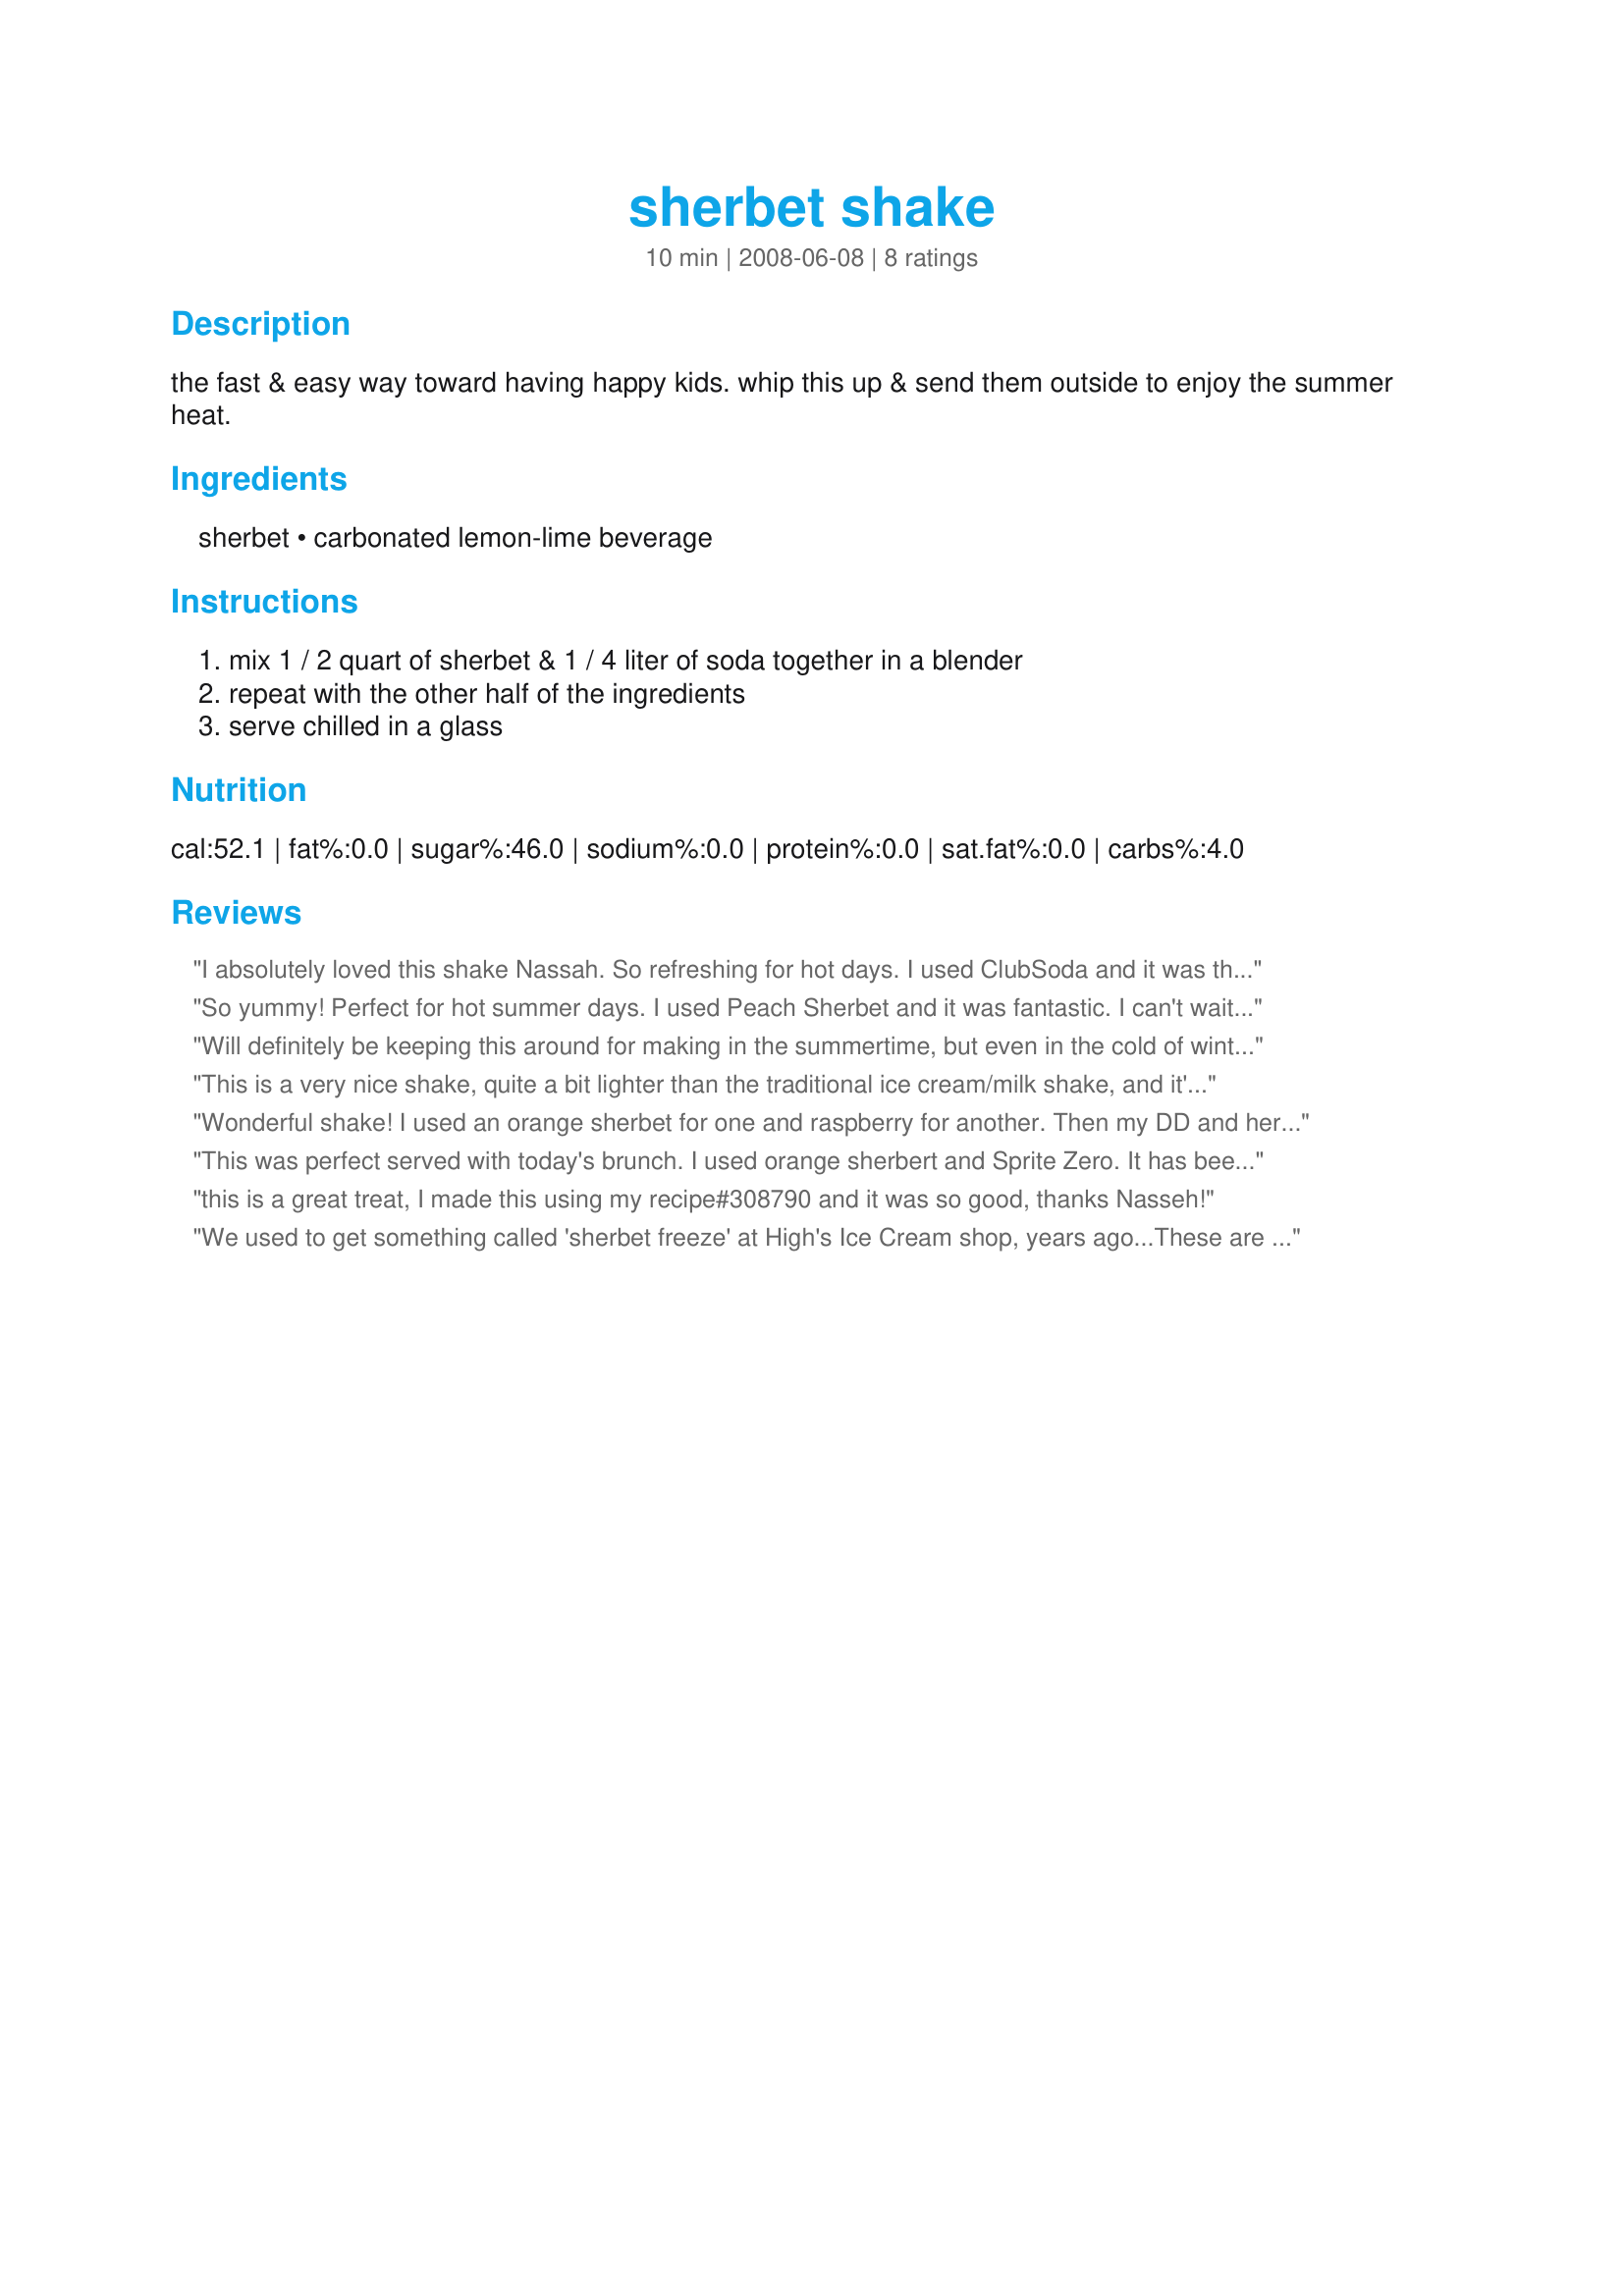
sherbet shake
Preparation time: 10 minutes

the fast & easy way toward having happy kids. whip this up & send them outside to enjoy the summer heat.

Ingredients:
sherbet, carbonated lemon-lime beverage

Steps:
mix 1 / 2 quart of sherbet & 1 / 4 liter of soda together in a blender, repeat with the other half of the ingredients, serve chilled in a glass

Reviews:
I absolutely loved this shake Nassah. So refreshing for hot days. I used ClubSoda and it was the perfect punch to the sherbet. Used lemonberry sherbet. Next time I'm using pineapple. I'm sure any flavor would be wonderful. Glad I tagged this for 123HitWonders!!
So yummy! Perfect for hot summer days. I used Peach Sherbet and it was fantastic. I can't wait to try it with other flavors. Thanks for the simple yet great recipe! Made for 1-2-3 Hit Wonders Tag.
Will definitely be keeping this around for making in the summertime, but even in the cold of winter it was a great hit! Used the recommended 7-Up along with an lemon sherbet & had 3 very satisfying drink! [Tagged, made & reviewed in 1-2-3 Hit Wonders]
This is a very nice shake, quite a bit lighter than the traditional ice cream/milk shake, and it's very refreshing. I used a berry/orange sherbet with diet sprite, and didn't even bother measuring, as I was just making it for one. It turned out great. I will be having this often over the hot summer. Thanks for posting!
Wonderful shake! I used an orange sherbet for one and raspberry for another. Then my DD and her friend walked in and requested raspberry with banana - so I added one banana. All turned out perfectly and they loved the taste! Very refreshing for a hot summer day! Thanks for sharing. Tagged in Zaar Cookbook Tag.
This was perfect served with today's brunch. I used orange sherbert and Sprite Zero. It has been in the high 70's, so this was perfect this afternoon. Thanks for sharing Nasseh. Made for Zaar Stars Tag.
this is a great treat, I made this using my recipe#308790 and it was so good, thanks Nasseh!
We used to get something called 'sherbet freeze' at High's Ice Cream shop, years ago...These are just like those, so this recipe took me back. We used lime, as that is a fave! My son really enjoyed his 'shake', which I'm sure I'll be making plenty this summer. Thanks for sharing a longtime favorite treat, Nasseh!
